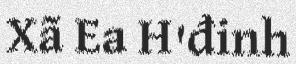
Xã Ea H'đinh